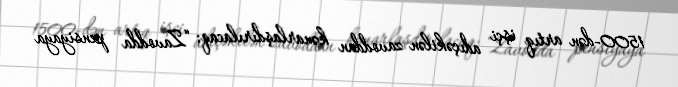
1500-dən artıq işçi adıçəkilən zavoddan kənarlaşdırılacaq: “Zavodda pensiyaya